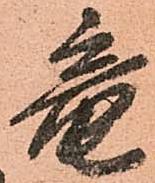
竜